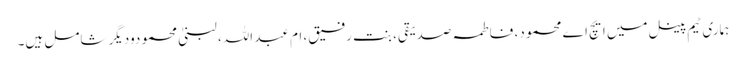
ہماری ٹیم پینل میں ایچ اے محمود، فاطمہ صدیقی، بنت رفیق، ام عبد اللہ، لبنیٰ محمودودیگر شامل ہیں۔